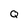
Character: Q